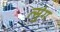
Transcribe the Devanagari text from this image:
त्सुंग